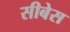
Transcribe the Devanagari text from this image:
सीबेस